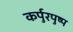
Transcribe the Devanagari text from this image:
कर्पुरपुष्प